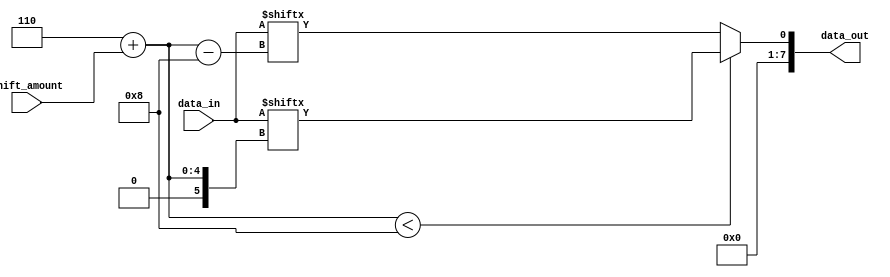
module barrel_shifter (
  input [7:0] data_in,
  input [3:0] shift_amount,
  output reg [7:0] data_out
);

reg [7:0] shift_reg [0:7];

integer i;

always @(data_in, shift_amount) begin
  for(i=0; i<8; i=i+1) begin
    if(i+shift_amount<8)
      shift_reg[i] <= data_in[i+shift_amount];
    else
      shift_reg[i] <= data_in[i+shift_amount-8];
  end
end

always @* begin
  data_out = {shift_reg[7], shift_reg[0], shift_reg[1], shift_reg[2], shift_reg[3], shift_reg[4], shift_reg[5], shift_reg[6]};
end

endmodule